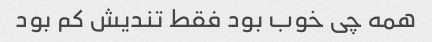
همه چی خوب بود فقط تندیش کم بود